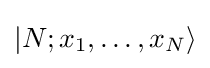
|N;x_{1},\ldots ,x_{N}\rangle